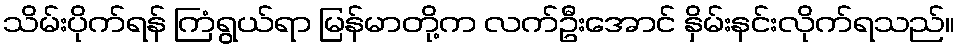
သိမ်းပိုက်ရန် ကြံရွယ်ရာ မြန်မာတို့က လက်ဦးအောင် နှိမ်းနင်းလိုက်ရသည်။